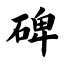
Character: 碑